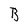
Character: B